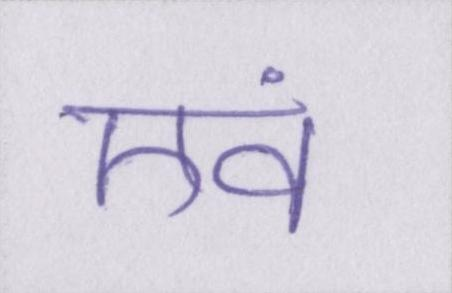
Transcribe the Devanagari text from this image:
एवं